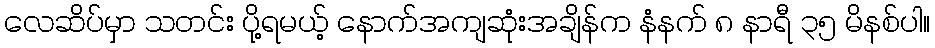
လေဆိပ်မှာ သတင်း ပို့ရမယ့် နောက်အကျဆုံးအချိန်က နံနက် ၈ နာရီ ၃၅ မိနစ်ပါ။